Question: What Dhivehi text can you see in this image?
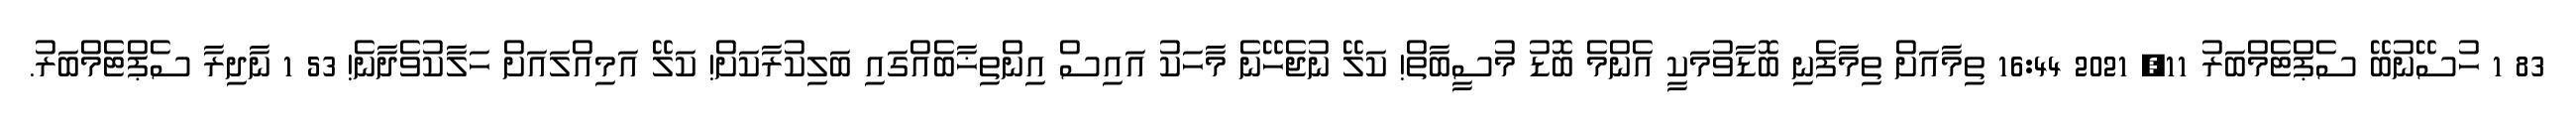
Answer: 83 1 ހުސޭނުބޭ ސެޕްޓެމްބަރު 11, 2021 16:44 ތިމާއަށް ތިމާފެނި ބޮޑާވުމަކީ އެންމެ ބޮޑު މުސީބާތް! ކަލޭ ނުޖެހޭނެ މާހަކު އައިސް އިންތިޚާބެއްގައި ބަލިކުރާކަށް! ކަލޭ އަމިއްލައަށް ހަލާކުވެދާނެ! 53 1 ނާދިރާ ސެޕްޓެމްބަރު.